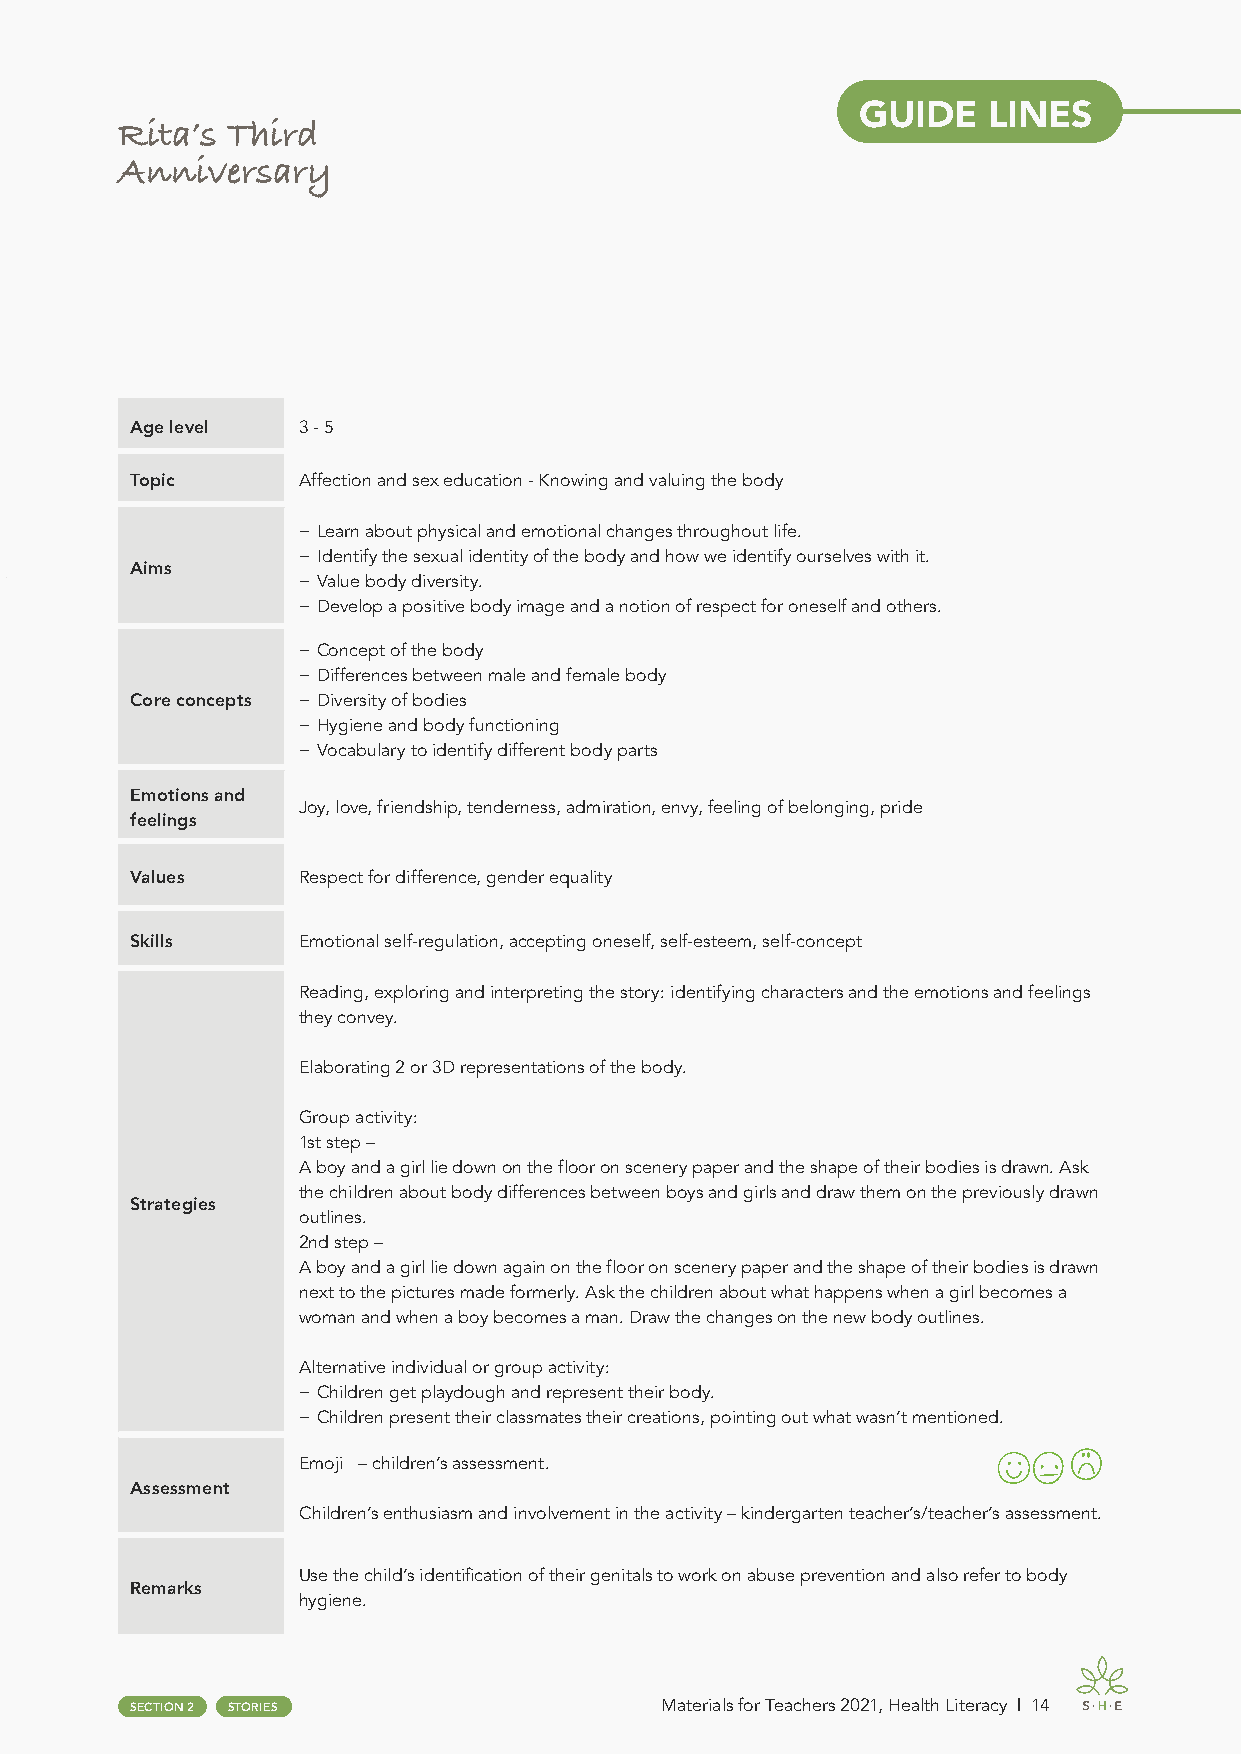
GUIDE   LINES
 Rita’s Third
 Anniversary
 Age level  3 - 5
 Topic      Affection and sex education - Knowing and valuing the body
 − Learn about physical and emotional changes throughout life.
 − Identify the sexual identity of the body and how we identify ourselves with it.
 Aims
 − Value body diversity.
 − Develop a positive body image and a notion of respect for oneself and others.
 − Concept of the body
 − Differences between male and female body
 Core concepts − Diversity of bodies
 − Hygiene and body functioning
 − Vocabulary to identify different body parts
 Emotions and
 Joy, love, friendship, tenderness, admiration, envy, feeling of belonging, pride
 feelings
 Values     Respect for difference, gender equality
 Skills     Emotional self-regulation, accepting oneself, self-esteem, self-concept
 Reading, exploring and interpreting the story: identifying characters and the emotions and feelings
 they convey.
 Elaborating 2 or 3D representations of the body.
 Group activity:
 1st step –
 A boy and a girl lie down on the floor on scenery paper and the shape of their bodies is drawn. Ask
 the children about body differences between boys and girls and draw them on the previously drawn
 Strategies
 outlines.
 2nd step –
 A boy and a girl lie down again on the floor on scenery paper and the shape of their bodies is drawn
 next to the pictures made formerly. Ask the children about what happens when a girl becomes a
 woman and when a boy becomes a man. Draw the changes on the new body outlines.
 Alternative individual or group activity:
 − Children get playdough and represent their body.
 − Children present their classmates their creations, pointing out what wasn’t mentioned.
 Emoji – children’s assessment.
 Assessment
 Children’s enthusiasm and involvement in the activity – kindergarten teacher’s/teacher’s assessment.
 Use the child’s identification of their genitals to work on abuse prevention and also refer to body
 Remarks
 hygiene.
 SECTION 2 STORIES                  Materials for Teachers 2021, Health Literacy | 14